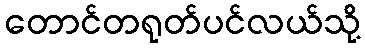
တောင်တရုတ်ပင်လယ်သို့